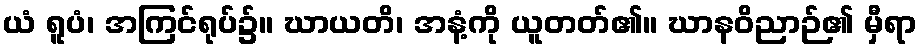
ယံ ရူပံ၊ အကြင်ရုပ်၌။ ဃာယတိ၊ အနံ့ကို ယူတတ်၏။ ဃာနဝိညာဉ်၏ မှီရာ